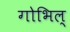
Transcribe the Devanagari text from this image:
गोभिल्